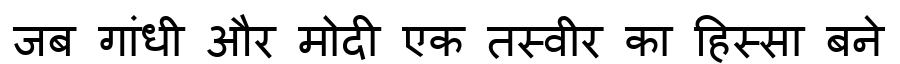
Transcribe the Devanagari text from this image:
जब गांधी और मोदी एक तस्वीर का हिस्सा बने